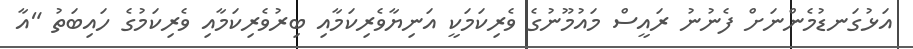
އަޅުގަނޑުމެންނަށް ފެނުނު ރައީސް މައުމޫނުގެ ވެރިކަމަކީ އަނިޔާވެރިކަމާއި ބިރުވެރިކަމާއި ވެރިކަމުގެ ހައިބަތު "އާ